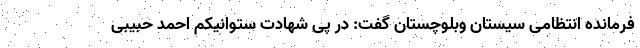
فرمانده انتظامی سیستان وبلوچستان گفت: در پی شهادت ستوانیکم احمد حبیبی